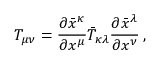
T _ { \mu \nu } = { \frac { \partial { \bar { x } } ^ { \kappa } } { \partial { x } ^ { \mu } } } { \bar { T } } _ { \kappa \lambda } { \frac { \partial { \bar { x } } ^ { \lambda } } { \partial { x } ^ { \nu } } } \, ,